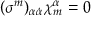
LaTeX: ( \sigma ^ { m } ) _ { \alpha \dot { \alpha } } \chi _ { m } ^ { \alpha } = 0